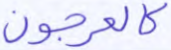
كالعرجون